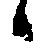
候